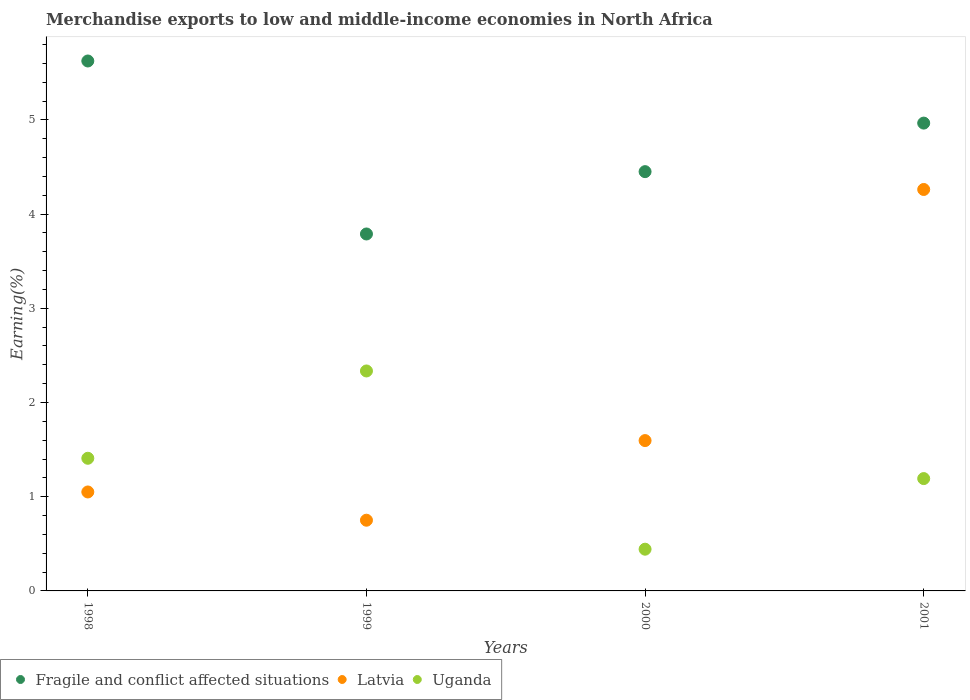
| Years | Fragile and conflict affected situations | Latvia | Uganda |
 | --- | --- | --- | --- |
 | 1998 | 5.63 | 1.05 | 1.41 |
 | 1999 | 3.79 | 0.751 | 2.33 |
 | 2000 | 4.45 | 1.6 | 0.443 |
 | 2001 | 4.97 | 4.26 | 1.19 |